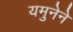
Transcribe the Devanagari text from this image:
यमुनेने